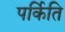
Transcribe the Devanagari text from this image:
पर्किति